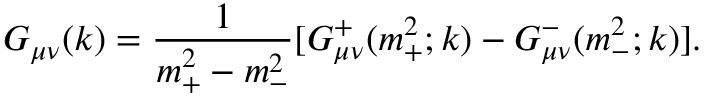
G _ { \mu \nu } ( k ) = { \frac { 1 } { m _ { + } ^ { 2 } - m _ { - } ^ { 2 } } } [ G _ { \mu \nu } ^ { + } ( m _ { + } ^ { 2 } ; k ) - G _ { \mu \nu } ^ { - } ( m _ { - } ^ { 2 } ; k ) ] .